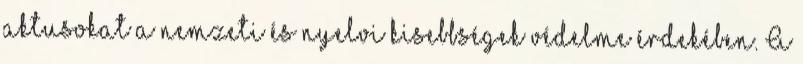
aktusokat a nemzeti és nyelvi kisebbségek védelme érdekében. A